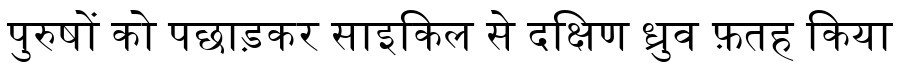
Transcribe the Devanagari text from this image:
पुरुषों को पछाड़कर साइकिल से दक्षिण ध्रुव फ़तह किया